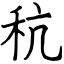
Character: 秔